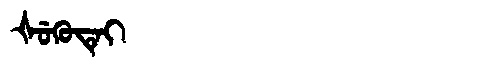
Manchu: ᡧᡠᡴᡠᡨᡝᡳ
Romanization: ŠUKUTEI